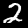
Label: 2